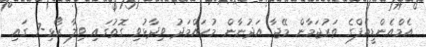
އެމްއެންޑީއެފްގެ ތަރުޖަމާން މޭޖާ އަދުނާން މުހައްމަދު ވިދާޅުވި ގޮތުގައި ވިލާ ރޯޅި-7 ގައި